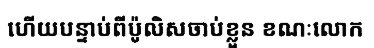
ហើយបន្ទាប់ពីប៉ូលិសចាប់ខ្លួន ខណៈលោក